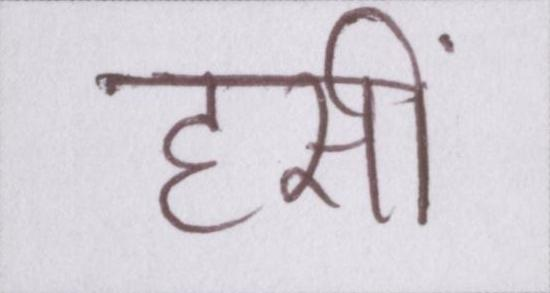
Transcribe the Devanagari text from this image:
हसीं